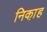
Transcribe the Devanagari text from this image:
निका़ह